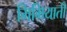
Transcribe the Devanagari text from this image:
मिमियाती